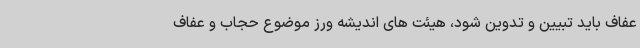
عفاف باید تبیین و تدوین شود، هیئت های اندیشه ورز موضوع حجاب و عفاف